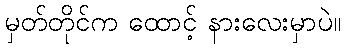
မှတ်တိုင်က ထောင့် နားလေးမှာပဲ။